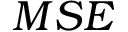
{ M S E }